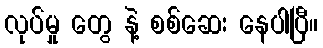
လုပ်မှု တွေ နဲ့ စစ်ဆေး နေပါပြီ။